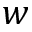
w